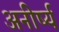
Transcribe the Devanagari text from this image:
अनीर्ष्य